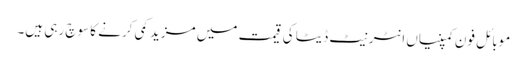
موبائل فون کمپنیاں انٹرنیٹ ڈیٹا کی قیمت میں مزید کمی کرنے کا سوچ رہی ہیں۔